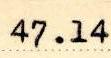
47.14